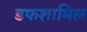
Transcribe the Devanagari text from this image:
डफशामिल